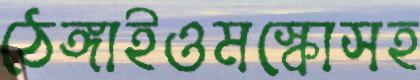
ঠেঙ্গাইওমস্কোসহ